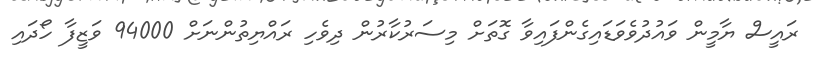
ރައީސް ޔާމީން ވައުދުވެވަޑައިގެންފައިވާ ގޮތަށް މިސަރުކާރުން ދިވެހި ރައްޔިތުންނަށް 94000 ވަޒީފާ ހޯދައި